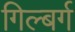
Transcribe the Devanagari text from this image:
गिल्बर्ग